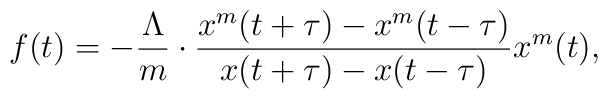
f(t)=-\frac{\Lambda}{m}\cdot\frac{x^m(t+\tau)-x^m(t-\tau)}{x(t+\tau)-x(t-\tau)}x^m(t),